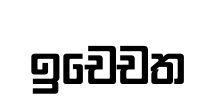
ඉචෙචත